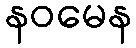
နဝမေန